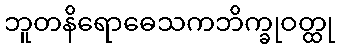
ဘူတနိရောဓေသကဘိက္ခုဝတ္ထု